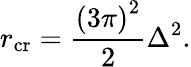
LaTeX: r_{\mathrm{cr}}=\frac{\left(3\pi\right)^{2}}{2}\Delta^{2}.